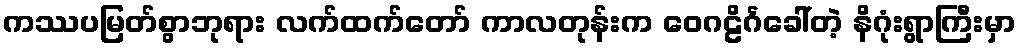
ကဿပမြတ်စွာဘုရား လက်ထက်တော် ကာလတုန်းက ဝေဂဠိင်္ဂခေါ်တဲ့ နိဂုံးရွာကြီးမှာ